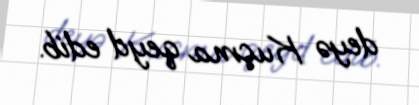
deyə Kuçma qeyd edib.